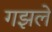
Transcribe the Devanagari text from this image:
गझले